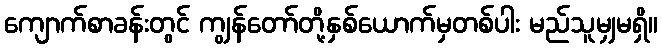
ကျောက်စာခန်းတွင် ကျွန်တော်တို့နှစ်ယောက်မှတစ်ပါး မည်သူမျှမရှိ။